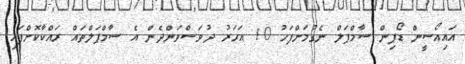
އައިއޯސީން ޑޯޕިން ސާމްޕަލް ނެގުމަށްފަހު 10 އަހަރު ދުވަސްވަންދެން އެ ސާމްޕަލްތައް ރައްކާކޮށްފައި